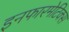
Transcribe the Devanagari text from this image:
इनफारमेटिक्स